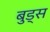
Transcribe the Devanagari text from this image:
बुड्‌स